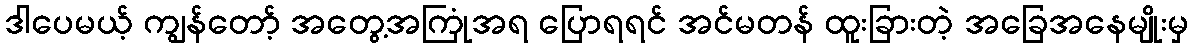
ဒါပေမယ့် ကျွန်တော့် အတွေ့အကြုံအရ ပြောရရင် အင်မတန် ထူးခြားတဲ့ အခြေအနေမျိုးမှ